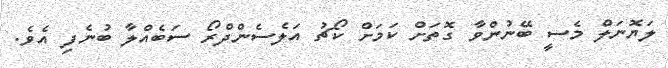
ލަޔޮނަލް މެސީ ބޭނުންވާ ގޮތަށް ކަމަށް ކޯޗު އަލެސެންދްރޯ ސަބެއްލާ ބުނެފި އެވެ.